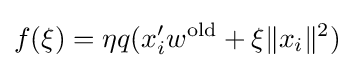
f(\xi )=\eta q(x_{i}'w^{\text{old}}+\xi \|x_{i}\|^{2})